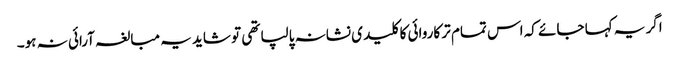
اگر یہ کہا جائے کہ اس تمام تر کاروائی کا کلید ی نشانہ پالپا تھی تو شاید یہ مبالغہ آرائی نہ ہو۔